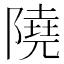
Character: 隢